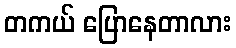
တကယ် ပြောနေတာလား